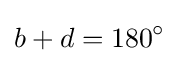
b+d=180^{\circ }